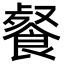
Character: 𩜨